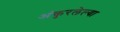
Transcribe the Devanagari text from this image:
अंकुरलेल्या